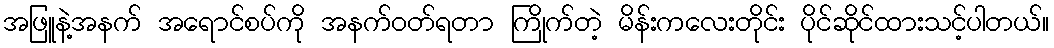
အဖြူနဲ့အနက် အရောင်စပ်ကို အနက်ဝတ်ရတာ ကြိုက်တဲ့ မိန်းကလေးတိုင်း ပိုင်ဆိုင်ထားသင့်ပါတယ်။